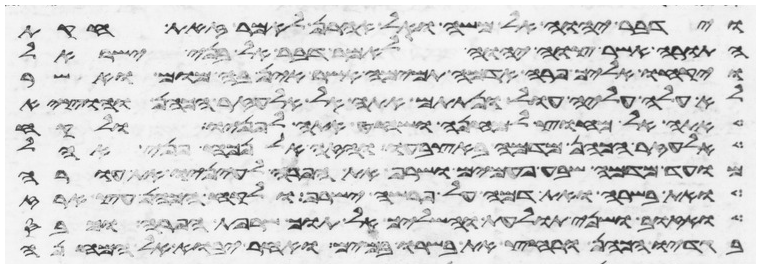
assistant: וידבר יהוה אל משה ואל אהרן לאמר זאת חקות
התורה אשר צוה יהוה לאמר דבר אל בני ישראל
ויקחו אליך פרה אדמה תמימה אשר אין בה מום ואשר
לא עלה עליה עול ונתתם אתה אל אלעזר הכהן והוציא
אתה אל מחוץ למחנה ושחט אתה לפניו ולקח
אלעזר הכהן מדמה באצבעו והזה אל נכח פני אהל
מועד מדמה שבע פעמים ושרף את הפרה לעיניו את עורה
ואת בשרה ואת דמה על פרשה ישרף ולקח הכהן עץ ארז
ואזוב ושני תולעת והשליך אל תוך שרפת הפרה וכבס
בגדיו הכהן ורחץ את בשרו במים ואחר יבוא אל המחנה